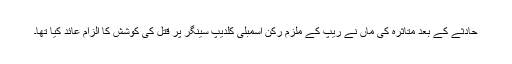
حادثے کے بعد متاثرہ کی ماں نے ریپ کے ملزم رکن اسمبلی کلدیپ سینگر پر قتل کی کوشش کا الزام عائد کیا تھا۔